Vaccination in the Punjab 1905-1918 - 1905-1918
Year: 1905
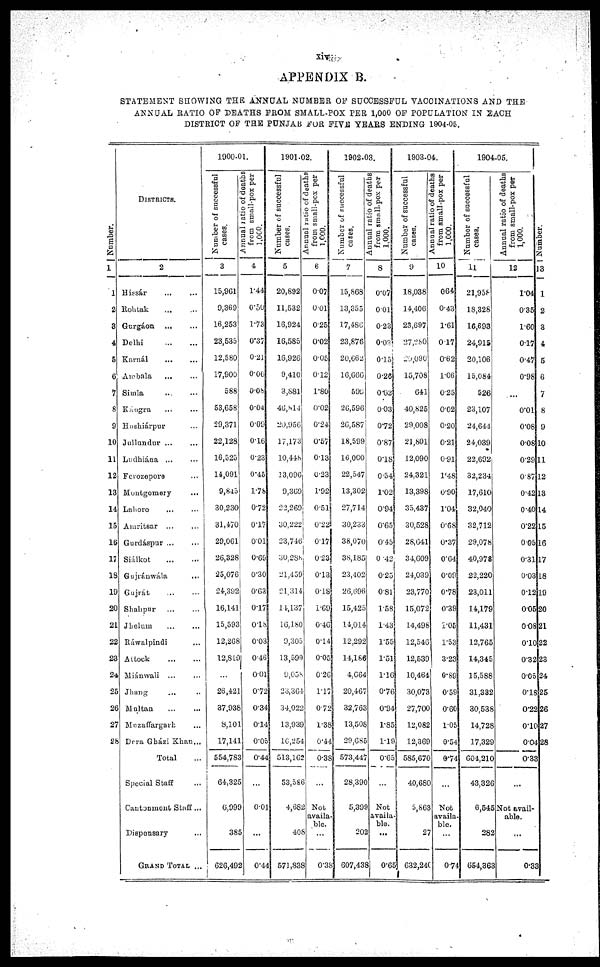
xiv
APPENDIX B.
STATEMENT SHOWING THE ANNUAL NUMBER OF SUCCESSFUL VACCINATIONS AND THE
ANNUAL RATIO OF DEATHS FROM SMALL-POX PER 1,000 OF POPULATION IN EACH
DISTRICT OF THE PUNJAB FOR FIVE YEARS ENDING 1904-05.
Numbe r
.
1
1
2
3
4
5
6
7
8
9
10
11
12
13
14
15
16
17
18
19
20
21
22
23
24
25
26
27
28
DISTRICTS.
2
Hissár ... ...
Rohtak ... ...
Gurgáon ... ...
Delhi
...
...
Karnál ... ...
Ambala
...
...
Simla ... ...
Kangra ... ...
Hoshiárpur ...
Jullundur ... ...
Ludhiána ... ...
Ferozepore ... ...
Montgomery ...
Lahore ... ...
Amritsar ... ...
Gurdáspur ... ...
Siálkot
...
...
Gujránwála ...
Gujrát ... ...
Shahpur ... ...
Jhelum ... ...
Ráwalpindi ...
Attock ... ...
Miánwali ... ...
Jhang ... ...
Multan ... ...
Muzaffargarh ...
Dera Gházi Khan ...
Total ...
Special Staff ...
Cantonment Staff...
Dispensary ...
GRAND TOTAL ...
1900-01.
Number of successful
cases.
3
15,961
9,369
16,253
23,535
12,580
17,900
588
53,658
29,371
22,128
16,525
14,091
9,845
30,230
31,470
29,061
26,328
25,076
24,392
16,141
15,593
12,268
12,819
...
26,421
37,938
8,101
17,141
554,783
64,325
6,999
385
626,492
Annual ratio of deaths
from small-pox per
1,000.
4
1.44
0.50
1.73
0.37
0.21
0.06
0.08
0.04
0.09
0.16
0.23
0.45
1.78
0.72
0.17
0.01
0.69
0.30
0.63
0.17
0.18
0.03
0.46
0.01
0.72
0.34
0.14
0.05
0.44
...
0.01
...
0.44
1901-02.
Number of successful
cases.
5
20,892
11,532
16,924
16,585
16,926
9,410
3,881
46,814
20,956
17,173
10,448
13,096
9,369
22,269
30,222
23,746
30,288
21,459
21,314
14,137
16,180
9,305
13,599
9,058
23,364
34,022
13,939
16,254
513,162
53,586
4,682
408
571,838
Annual ratio of deaths
from small-pox per
1,000.
6
0.07
0.01
0.25
0.02
0.05
0.12
1.80
0.02
0.24
0.57
0.13
0.23
1.92
0.51
0.22
0.17
0.23
0.13
0.18
1.69
0.46
0.14
0.05
0.26
1.17
0.72
1.38
0.44
0.38
...
Not
availa-
ble.
...
0.38
1902-03.
Number of successful
cases.
7
15,868
13,355
17,486
23,876
20,662
16,666
599
26,596
26,587
18,599
16,000
22,547
13,302
27,714
30,233
38,070
38,185
23,402
26,696
15,425
14,014
12,292
14,186
4,664
20,467
32,763
13,508
29,685
573,447
28,390
5,399
202
607,438
Annual ratio of deaths
from small-pox per
1,000.
8
0.07
0.01
0.23
0.03
0.15
0.26
0.62
0.03
0.72
0.87
0.18
0.54
1.02
0.94
0.65
0.45
0.42
0.25
0.81
1.58
1.43
1.55
1.51
1.16
0.76
0.94
1.85
1.19
0.65
...
Not
availa-
ble.
...
0.65
1903-04.
Number of successful
cases.
9
18,038
14,406
23,697
27,280
20,090
15,708
641
40,825
29,008
21,801
12,090
24,321
13,398
35,437
30,528
28,641
34,609
24,039
23,770
15,072
14,498
12,546
12,539
10,464
30,073
27,700
12,082
12,369
585,670
40,680
5,863
27
632,240
Annual ratio of deaths
from small-pox per
1,000.
10
0.64
0.43
1.61
0.17
0.62
1.06
0.25
0.02
0.20
0.21
0.91
1.48
0.90
1.04
0.68
0.37
0.64
0.09
0.78
0.39
1.05
1.53
3.23
0.89
0.59
0.60
1.05
0.54
0.74
...
Not
availa-
ble.
...
0.74
1904-05.
Number of successful
cases.
11
21,958
18,328
16,693
24,915
20,106
15,084
526
23,107
24,644
24,039
22,692
32,234
17,610
32,040
32,712
29,078
40,978
22,220
23,011
14,179
11,431
12,765
14,345
15,588
31,332
30,538
14,728
17,329
604,210
43,326
6,545
282
654,363
Annual ratio of deaths
from small-pox per
1,000.
12
1.04
0.35
1.60
0.17
0.47
0.98
...
0.01
0.08
0.08
0.29
0.87
0.42
0.40
0.22
0.05
0.31
0.03
0.12
0.05
0.08
0.10
0.32
0.05
0.18
0.22
0.10
0.04
0.33
...
Not avail-
able.
...
0.33
Number.
13
1
2
3
4
5
6
7
8
9
10
11
12
13
14
15
16
17
18
19
20
21
22
23
24
25
26
27
28